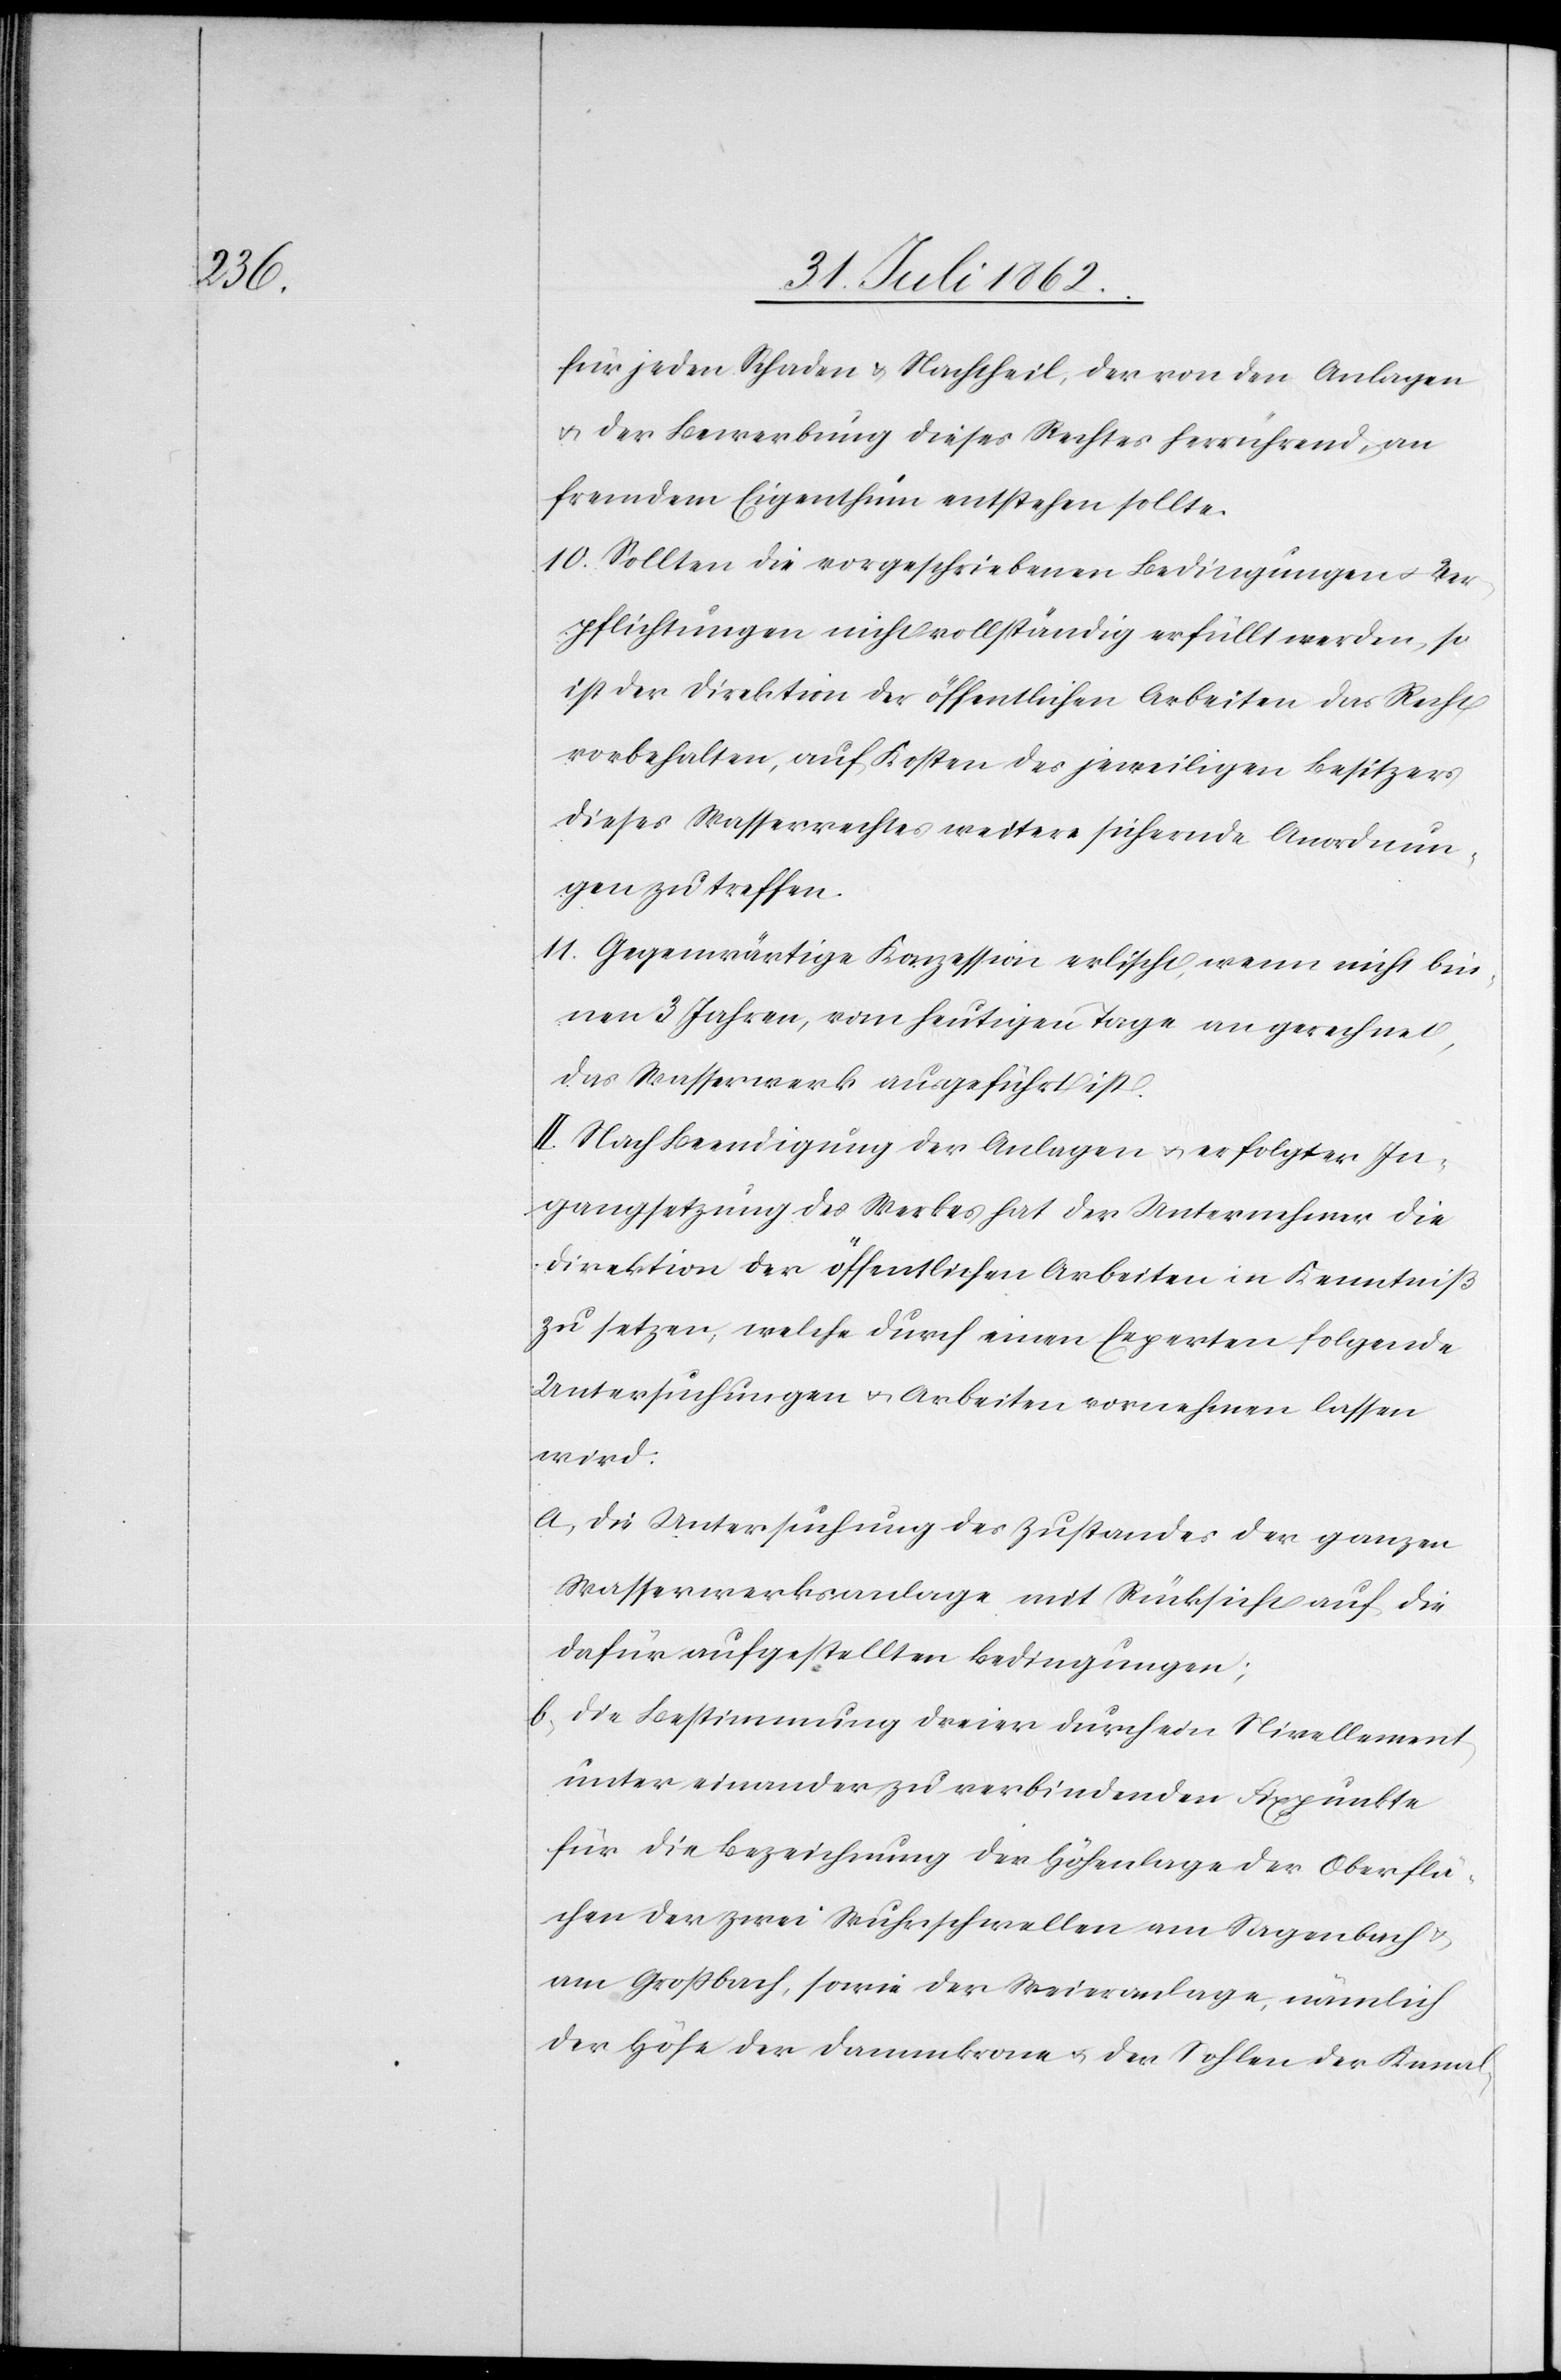
für jeden Schaden u. Nachtheil, der von den Anlagen
u. der Bewerbung dieses Rechtes herrührend, an
fremdem Eigenthum entstehen sollte.
10. Sollten die vorgeschriebenen Bedingungen u. Ver¬
pflichtungen nicht vollständig erfüllt werden, so
ist der Direktion der öffentlichen Arbeiten das Recht
vorbehalten, auf Kosten des jeweiligen Besitzers
dieses Wasserrechtes weitere sichernde Anordnun¬
gen zu treffen.
11. Gegenwärtige Konzession erlischt, wenn nicht bin¬
nen 3 Jahren, vom heutigen Tage an gerechnet,
das Wasserwerk ausgeführt ist.
II. Nach Beendigung der Anlagen u. erfolgter In¬
gangsetzung des Werkes hat der Unternehmer die
Direktion der öffentlichen Arbeiten in Kenntniß
zu setzen, welche durch einen Experten folgende
Untersuchungen u. Arbeiten vornehmen lassen
wird:
a. Die Untersuchung des Zustandes der ganzen
Wasserwerksanlage mit Rücksicht auf die
dafür aufgestellten Bedingungen;
b. Die Bestimmung dreier durch ein Nivellement
unter einander zu verbindenden Fixpunkte
für die Bezeichnung der Höhenlage der Oberflä¬
chen der zwei Wuhrschwellen am Sagenbach u.
am Großbach, sowie der Weieranlage, nämlich
der Höhe der Dammkrone u. der Sohlen der Kanal-